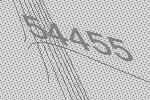
54455